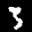
Label: 3